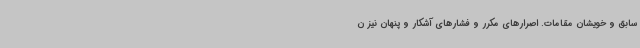
سابق و خویشان مقامات. اصرارهای مکرر و فشارهای آشکار و پنهان نیز ن